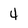
Character: 4